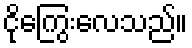
ငိုကြွေးလေသည်။